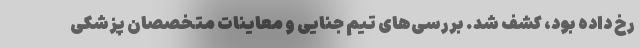
رخ داده بود، کشف شد. بررسی‌های تیم جنایی و معاینات متخصصان پزشکی